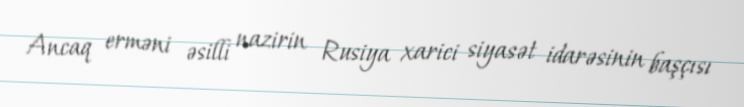
Ancaq erməni əsilli nazirin Rusiya xarici siyasət idarəsinin başçısı